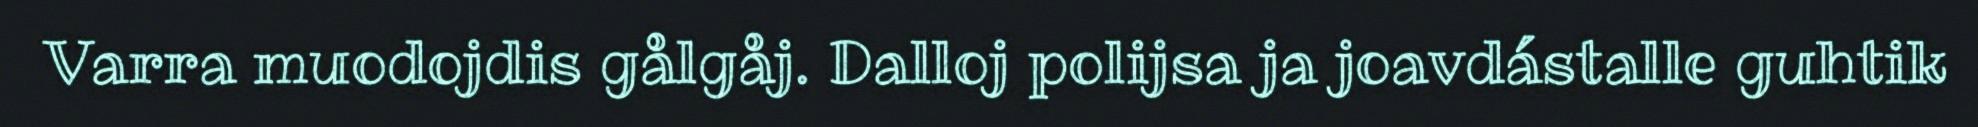
Varra muodojdis gålgåj. Dalloj polijsa ja joavdástalle guhtik